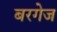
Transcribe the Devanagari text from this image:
बरगेज